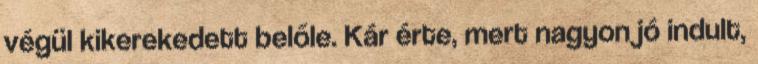
végül kikerekedett belőle. Kár érte, mert nagyon jó indult,